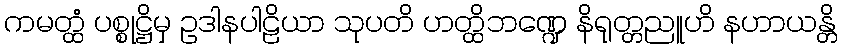
ကမတ္ထံ ပစ္စုဋ္ဌိမှ ဥဒါနပါဠိယာ သုပတိ ဟတ္ထိဘဏ္ဍေ နိရုတ္တညူဟိ နဟာယန္တိ